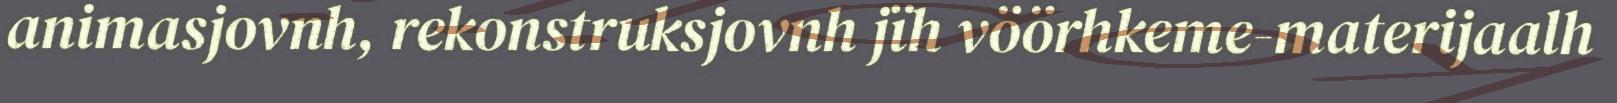
animasjovnh, rekonstruksjovnh jïh vöörhkeme-materijaalh